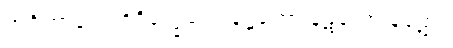
အင်္ဂဟာရော’င်္ဂဝိက္ခေပေါ၊ နဋ္ဋကော နဋကော နဋော။